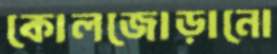
কোলজোড়ানো